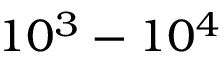
1 0 ^ { 3 } - 1 0 ^ { 4 }